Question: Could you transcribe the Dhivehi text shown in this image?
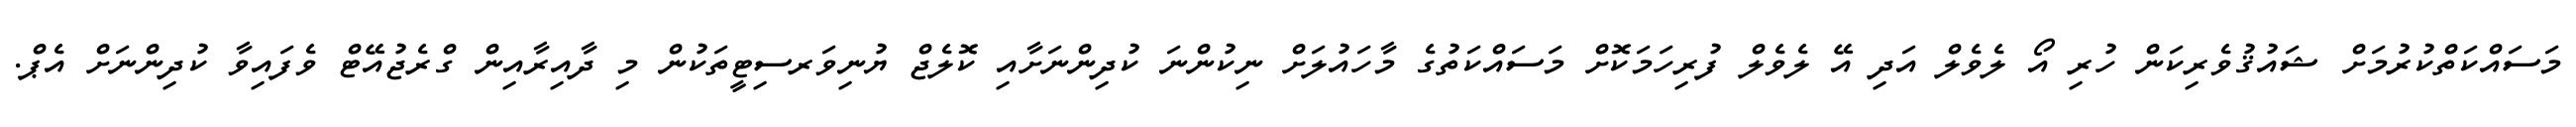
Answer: މަސައްކަތްކުރުމަށް ޝައުޤުވެރިކަން ހުރި އޯ ލެވެލް އަދި އޭ ލެވެލް ފުރިހަމަކޮށް މަސައްކަތުގެ މާހައުލަށް ނިކުންނަ ކުދިންނަށާއި ކޮލެޖް ޔުނިވަރސިޓީތަކުން މި ދާއިރާއިން ގްރެޖުއޭޓް ވެފައިވާ ކުދިންނަށް އެޕް.